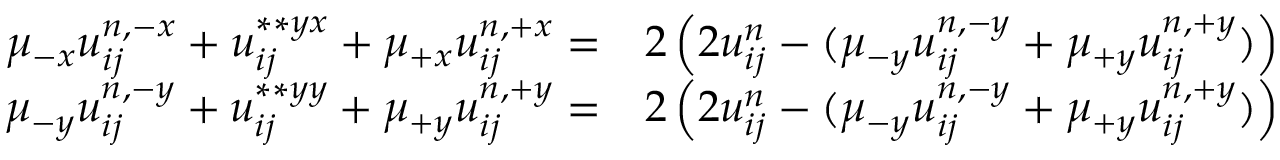
\begin{array} { r l } { \mu _ { - x } u _ { i j } ^ { n , - x } + u _ { i j } ^ { \ast \ast { y x } } + \mu _ { + x } u _ { i j } ^ { n , + x } = } & { 2 \left( 2 u _ { i j } ^ { n } - ( \mu _ { - y } u _ { i j } ^ { n , - y } + \mu _ { + y } u _ { i j } ^ { n , + y } ) \right) } \\ { \mu _ { - y } u _ { i j } ^ { n , - y } + u _ { i j } ^ { \ast \ast { y y } } + \mu _ { + y } u _ { i j } ^ { n , + y } = } & { 2 \left( 2 u _ { i j } ^ { n } - ( \mu _ { - y } u _ { i j } ^ { n , - y } + \mu _ { + y } u _ { i j } ^ { n , + y } ) \right) } \end{array}